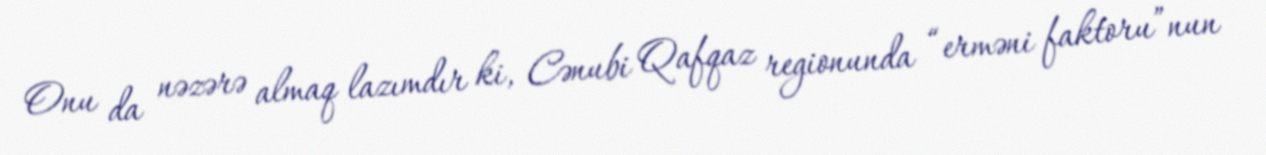
Onu da nəzərə almaq lazımdır ki, Cənubi Qafqaz regionunda “erməni faktoru”nun